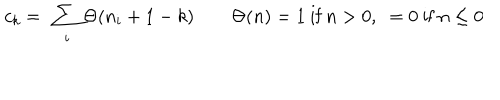
c _ { k } = \ \sum _ { i } \Theta ( n _ { i } + 1 - k ) \qquad \Theta ( n ) = 1 \mathrm { ~ i f ~ } n > 0 , \ = 0 \mathrm { ~ i f ~ } n \leq 0